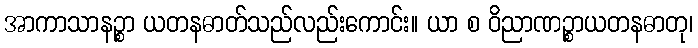
အာကာသာနဉ္စာ ယတနဓာတ်သည်လည်းကောင်း။ ယာ စ ဝိညာဏဉ္စာယတနဓာတု၊